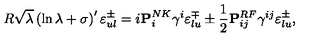
R \sqrt { \lambda } \left( \ln { \lambda } + \sigma \right) ^ { \prime } \varepsilon _ { u l } ^ { \pm } = i { \bf P } _ { i } ^ { N K } \gamma ^ { i } \varepsilon _ { l u } ^ { \mp } \pm { \frac { 1 } { 2 } } { \bf P } _ { i j } ^ { R F } \gamma ^ { i j } \varepsilon _ { l u } ^ { \pm } ,